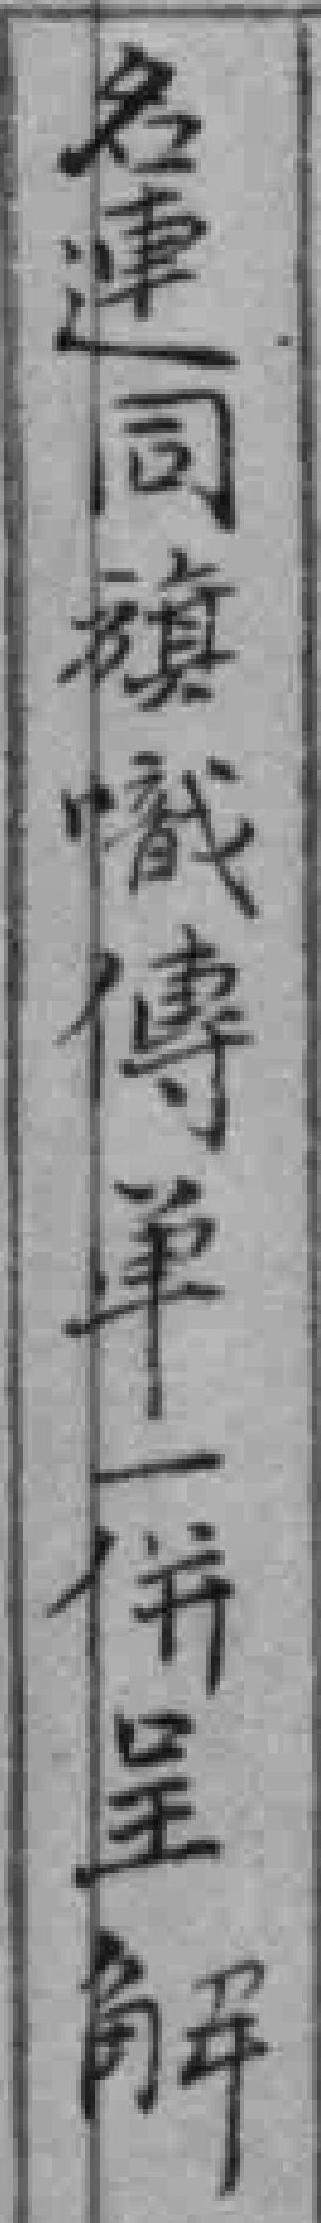
名運同旗幟傳单一併呈解